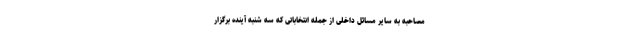
مصاحبه به سایر مسائل داخلی از جمله انتخاباتی که سه شنبه آینده برگزار